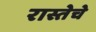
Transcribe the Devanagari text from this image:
रास्तेचे